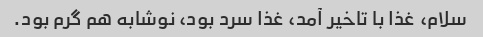
سلام، غذا با تاخیر آمد، غذا سرد بود، نوشابه هم گرم بود.